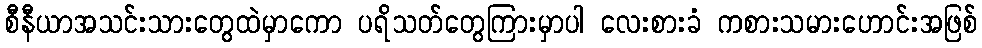
စီနီယာအသင်းသားတွေထဲမှာကော ပရိသတ်တွေကြားမှာပါ လေးစားခံ ကစားသမားဟောင်းအဖြစ်